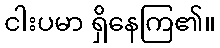
ငါးပမာ ရှိနေကြ၏။